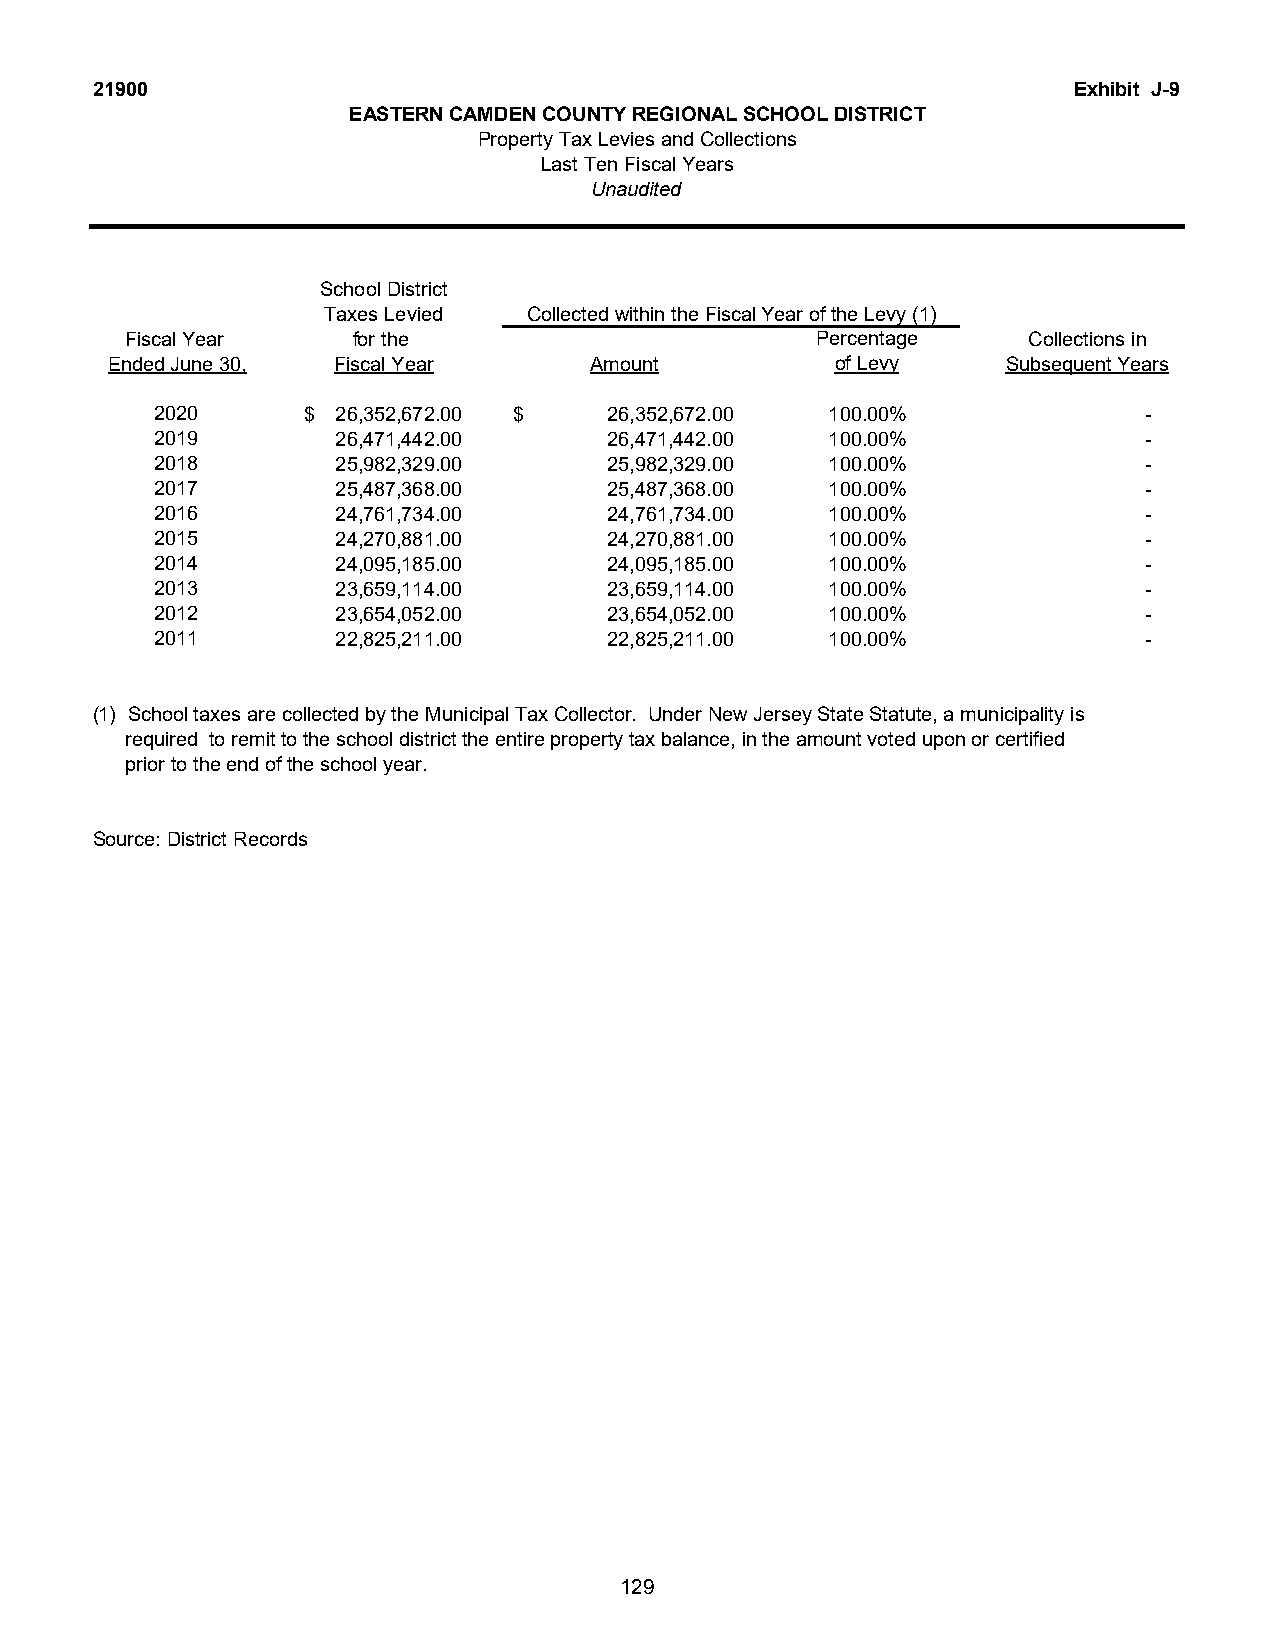
21900                                                            Exhibit J-9
 EASTERN CAMDEN COUNTY REGIONAL SCHOOL DISTRICT
 Property Tax Levies and Collections
 Last Ten Fiscal Years
 Unaudited
 School District
 Taxes Levied  Collected within the Fiscal Year of the Levy (1)
 Fiscal Year    for the                        Percentage    Collections in
 Ended June 30, Fiscal Year      Amount          of Levy     Subsequent Years
 2020      $ 26,352,672.00 $   26,352,672.00  100.00%              -
 2019        26,471,442.00     26,471,442.00  100.00%              -
 2018        25,982,329.00     25,982,329.00  100.00%              -
 2017        25,487,368.00     25,487,368.00  100.00%              -
 2016        24,761,734.00     24,761,734.00  100.00%              -
 2015        24,270,881.00     24,270,881.00  100.00%              -
 2014        24,095,185.00     24,095,185.00  100.00%              -
 2013        23,659,114.00     23,659,114.00  100.00%              -
 2012        23,654,052.00     23,654,052.00  100.00%              -
 2011        22,825,211.00     22,825,211.00  100.00%              -
 (1) School taxes are collected by the Municipal Tax Collector. Under New Jersey State Statute, a municipality is
 required to remit to the school district the entire property tax balance, in the amount voted upon or certified
 prior to the end of the school year.
 Source: District Records
 129